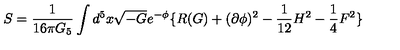
S = \frac { 1 } { 1 6 \pi G _ { 5 } } \int d ^ { 5 } x \sqrt { - G } e ^ { - \phi } \lbrace R ( G ) + ( \partial \phi ) ^ { 2 } - \frac { 1 } { 1 2 } H ^ { 2 } - \frac { 1 } { 4 } F ^ { 2 } \rbrace